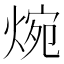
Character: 焥